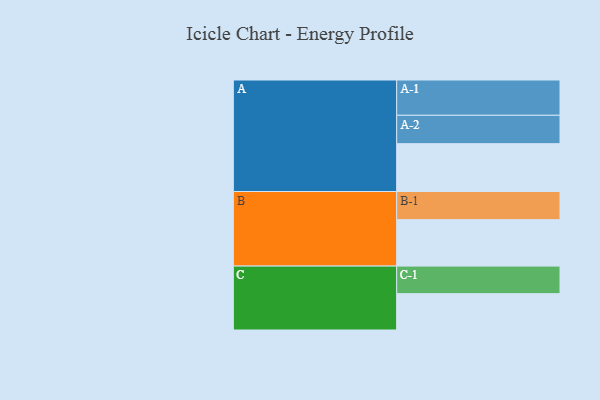
{"axis": {"x": "Segment", "y": "Value"}, "legend": ["", "A", "B", "C"], "data": [{"x": "A", "y": 404, "type": ""}, {"x": "B", "y": 392, "type": ""}, {"x": "C", "y": 307, "type": ""}, {"x": "A-1", "y": 298, "type": "A"}, {"x": "A-2", "y": 240, "type": "A"}, {"x": "B-1", "y": 238, "type": "B"}, {"x": "C-1", "y": 233, "type": "C"}]}